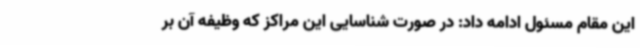
این مقام مسئول ادامه داد: در صورت شناسایی این مراکز که وظیفه آن بر